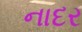
નાદર